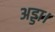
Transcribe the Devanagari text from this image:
अड्डा।